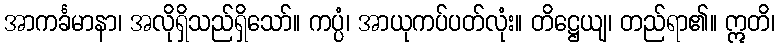
အာကင်္ခမာနာ၊ အလိုရှိသည်ရှိသော်။ ကပ္ပံ၊ အာယုကပ်ပတ်လုံး။ တိဋ္ဌေယျ၊ တည်ရာ၏။ ဣတိ၊